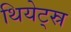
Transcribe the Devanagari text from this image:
थियेट्स्र